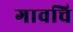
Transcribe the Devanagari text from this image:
गावचि